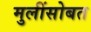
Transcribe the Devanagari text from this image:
मुलींसोबत